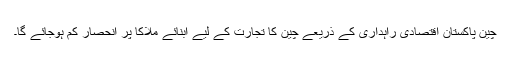
چین پاکستان اقتصادی راہداری کے ذریعے چین کا تجارت کے لیے آبنائے ملاکا پر انحصار کم ہوجائے گا۔